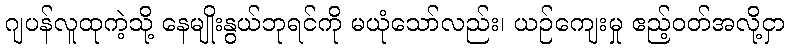
ဂျပန်လူထုကဲ့သို့ နေမျိုးနွယ်ဘုရင်ကို မယုံသော်လည်း၊ ယဉ်ကျေးမှု ဧည့်ဝတ်အလို့ငှာ